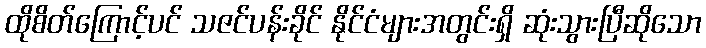
ထိုစိတ်ကြောင့်ပင် သဇင်ပန်းခိုင် နိုင်ငံများအတွင်းရှိ ဆုံးသွားပြီဆိုသော